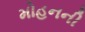
મોહનની